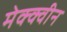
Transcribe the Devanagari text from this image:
मेक्क्वीन